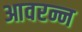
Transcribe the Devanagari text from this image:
आवरन्न